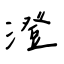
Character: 澄